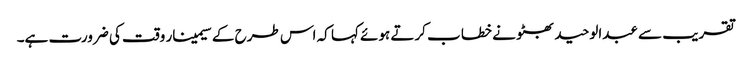
تقریب سے عبدالوحید بھٹو نے خطا ب کرتے ہوئے کہا کہ اس طرح کے سیمینار وقت کی ضرورت ہے۔